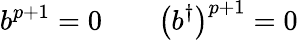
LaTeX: b^{p+1}=0\qquad\bigl(b^{\dagger}\bigr)^{p+1}=0